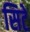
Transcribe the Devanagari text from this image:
सिटे